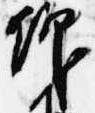
仰